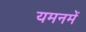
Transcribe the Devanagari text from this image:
यमनमें